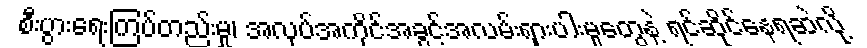
စီးပွားရေးကြပ်တည်းမှု၊ အလုပ်အကိုင်အခွင့်အလမ်းရှားပါးမှုတွေနဲ့ ရင်ဆိုင်နေရဆဲလို့